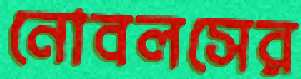
নোবলসের